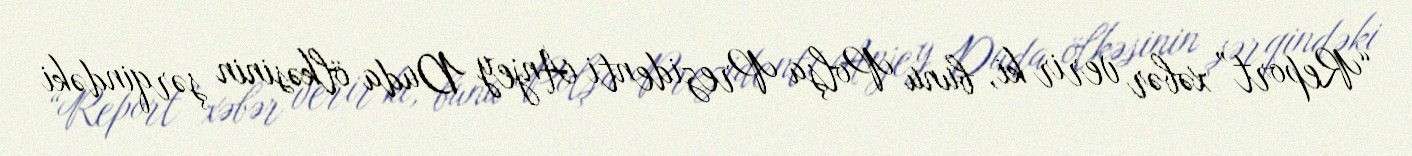
“Report” xəbər verir ki, bunu Polşa Prezidenti Anjey Duda ölkəsinin şərqindəki